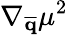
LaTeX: \nabla_{\mathbf{\overline{{q}}}}\mu^{2}